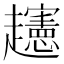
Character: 𧾨